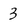
Character: 3